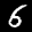
Label: 6